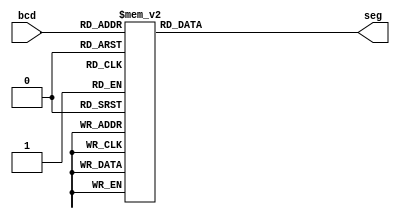
module segment7(
     bcd,
     seg
    );
//Declare inputs,outputs and internal variables.
     input [3:0] bcd;
     output [6:0] seg;
     reg [6:0] seg;
//always block for converting bcd digit into 7 segment format
    always @(bcd)
    begin
        case (bcd) //case statement
            0 : seg = 7'b0000001;
            1 : seg = 7'b1001111;
            2 : seg = 7'b0010010;
            3 : seg = 7'b0000110;
            4 : seg = 7'b1001100;
            5 : seg = 7'b0100100;
            6 : seg = 7'b0100000;
            7 : seg = 7'b0001111;
            8 : seg = 7'b0000000;
            9 : seg = 7'b0000100;
            //switch off 7 segment character when the bcd digit is not a decimal number.
            default : seg = 7'b1111111; 
        endcase
    end 
endmodule